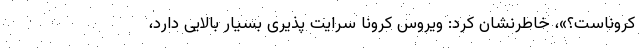
کروناست؟»، خاطرنشان کرد: ویروس کرونا سرایت پذیری بسیار بالایی دارد،